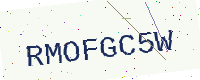
Text: RMOFGC5W